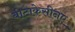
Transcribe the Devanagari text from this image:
बीटाकेसीनए